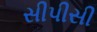
સીપીસી